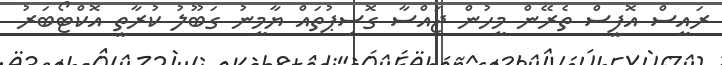
ރައީސް އޮފީސް ތެރޭން މީހުން ޖައްސާ ގޮސިޕުތައް ޔާމީނު ގަބޫލު ކުރާތީ އޮކްޓޯބަރު